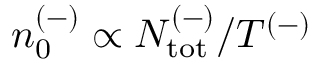
n _ { 0 } ^ { ( - ) } \propto N _ { \mathrm { { t o t } } } ^ { ( - ) } / T ^ { ( - ) }